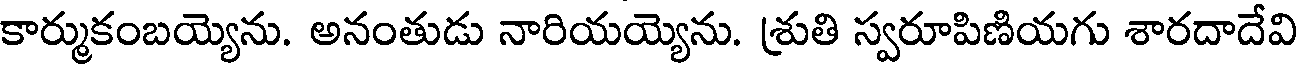
కార్ముకంబయ్యెను. అనంతుడు నారియయ్యెను. శ్రుతి స్వరూపిణియగు శారదాదేవి